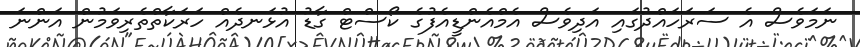
ނަމަވެސް އެ ސަރަހައްދުގައި އަދިވެސް އެމްއެންޑީއެފުގެ ކޯސްޓް ގާޑު އުޅަނދެއް ހަރަކާތްތެރިވަމުން އަންނަ